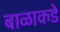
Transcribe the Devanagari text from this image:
बाळाकडे